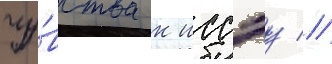
чу́вства к иссэу //